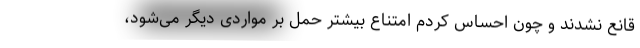
قانع نشدند و چون احساس کردم امتناع بیشتر حمل بر مواردی دیگر می‌شود،